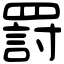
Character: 罸